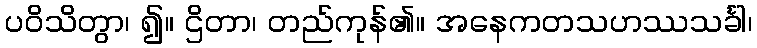
ပဝိသိတွာ၊ ၍။ ဌိတာ၊ တည်ကုန်၏။ အနေကတသဟဿသင်္ခါ၊